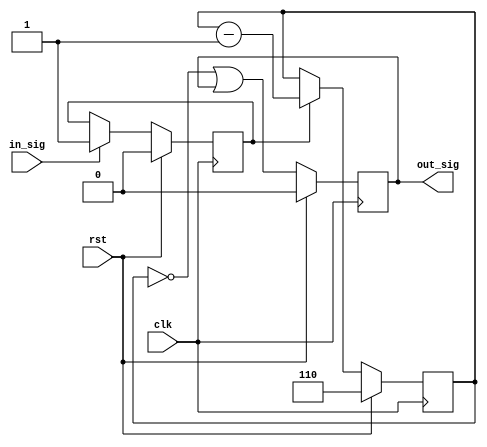
module top(rst, clk, out_sig, in_sig);
  wire [3:0] \\\\\\\\\\\\\\\\\\\\\\\\\\\\\\\\$1 ;
  wire [3:0] \\\\\\\\\\\\\\\\\\\\\\\\\\\\\\\\$2 ;
  wire \\\\\\\\\\\\\\\\\\\\\\\\\\\\\\\\$4 ;
  wire \\\\\\\\\\\\\\\\\\\\\\\\\\\\\\\\$6 ;
  (* src = "delayer.py:11" *)
  reg \\\\\\\\\\\\\\\\\\\\\\\\\\\\\\\\$next\\\\\\\\\\\\\\\\\\\\\\\\\\\\\\\\out_sig ;
  (* src = "delayer.py:19" *)
  reg \\\\\\\\\\\\\\\\\\\\\\\\\\\\\\\\$next\\\\\\\\\\\\\\\\\\\\\\\\\\\\\\\\out_val ;
  (* src = "delayer.py:12" *)
  reg [2:0] \\\\\\\\\\\\\\\\\\\\\\\\\\\\\\\\$next\\\\\\\\\\\\\\\\\\\\\\\\\\\\\\\\timer ;
  (* src = "delayer.py:18" *)
  reg \\\\\\\\\\\\\\\\\\\\\\\\\\\\\\\\$next\\\\\\\\\\\\\\\\\\\\\\\\\\\\\\\\timer_start ;
  (* src = "nmigen/hdl/ir.py:329" *)
  input clk;
  (* src = "delayer.py:10" *)
  input in_sig;
  (* src = "delayer.py:11" *)
  output out_sig;
  (* init = 1'h0 *)
  (* src = "delayer.py:19" *)
  reg out_val = 1'h0;
  (* src = "nmigen/hdl/ir.py:329" *)
  input rst;
  (* init = 3'h6 *)
  (* src = "delayer.py:12" *)
  reg [2:0] timer = 3'h6;
  (* init = 1'h0 *)
  (* src = "delayer.py:18" *)
  reg timer_start = 1'h0;
  assign \\\\\\\\\\\\\\\\\\\\\\\\\\\\\\\\$2  = timer - (* src = "delayer.py:27" *) 1'h1;
  assign \\\\\\\\\\\\\\\\\\\\\\\\\\\\\\\\$4  = timer == (* src = "delayer.py:29" *) 1'h0;
  assign \\\\\\\\\\\\\\\\\\\\\\\\\\\\\\\\$6  = \\\\\\\\\\\\\\\\\\\\\\\\\\\\\\\\$4  | (* src = "delayer.py:29" *) out_val;
  always @(posedge clk)
      out_val <= \\\\\\\\\\\\\\\\\\\\\\\\\\\\\\\\$next\\\\\\\\\\\\\\\\\\\\\\\\\\\\\\\\out_val ;
  always @(posedge clk)
      timer <= \\\\\\\\\\\\\\\\\\\\\\\\\\\\\\\\$next\\\\\\\\\\\\\\\\\\\\\\\\\\\\\\\\timer ;
  always @(posedge clk)
      timer_start <= \\\\\\\\\\\\\\\\\\\\\\\\\\\\\\\\$next\\\\\\\\\\\\\\\\\\\\\\\\\\\\\\\\timer_start ;
  always @* begin
    \\\\\\\\\\\\\\\\\\\\\\\\\\\\\\\\$next\\\\\\\\\\\\\\\\\\\\\\\\\\\\\\\\timer_start  = timer_start;
    casez (in_sig)
      1'h1:
          \\\\\\\\\\\\\\\\\\\\\\\\\\\\\\\\$next\\\\\\\\\\\\\\\\\\\\\\\\\\\\\\\\timer_start  = 1'h1;
    endcase
    casez (rst)
      1'h1:
          \\\\\\\\\\\\\\\\\\\\\\\\\\\\\\\\$next\\\\\\\\\\\\\\\\\\\\\\\\\\\\\\\\timer_start  = 1'h0;
    endcase
  end
  always @* begin
    \\\\\\\\\\\\\\\\\\\\\\\\\\\\\\\\$next\\\\\\\\\\\\\\\\\\\\\\\\\\\\\\\\timer  = timer;
    casez (timer_start)
      1'h1:
          \\\\\\\\\\\\\\\\\\\\\\\\\\\\\\\\$next\\\\\\\\\\\\\\\\\\\\\\\\\\\\\\\\timer  = \\\\\\\\\\\\\\\\\\\\\\\\\\\\\\\\$1 [2:0];
    endcase
    casez (rst)
      1'h1:
          \\\\\\\\\\\\\\\\\\\\\\\\\\\\\\\\$next\\\\\\\\\\\\\\\\\\\\\\\\\\\\\\\\timer  = 3'h6;
    endcase
  end
  always @* begin
    \\\\\\\\\\\\\\\\\\\\\\\\\\\\\\\\$next\\\\\\\\\\\\\\\\\\\\\\\\\\\\\\\\out_val  = out_val;
    \\\\\\\\\\\\\\\\\\\\\\\\\\\\\\\\$next\\\\\\\\\\\\\\\\\\\\\\\\\\\\\\\\out_val  = \\\\\\\\\\\\\\\\\\\\\\\\\\\\\\\\$6 ;
    casez (rst)
      1'h1:
          \\\\\\\\\\\\\\\\\\\\\\\\\\\\\\\\$next\\\\\\\\\\\\\\\\\\\\\\\\\\\\\\\\out_val  = 1'h0;
    endcase
  end
  always @* begin
    \\\\\\\\\\\\\\\\\\\\\\\\\\\\\\\\$next\\\\\\\\\\\\\\\\\\\\\\\\\\\\\\\\out_sig  = 1'h0;
    \\\\\\\\\\\\\\\\\\\\\\\\\\\\\\\\$next\\\\\\\\\\\\\\\\\\\\\\\\\\\\\\\\out_sig  = out_val;
  end
  assign \\\\\\\\\\\\\\\\\\\\\\\\\\\\\\\\$1  = \\\\\\\\\\\\\\\\\\\\\\\\\\\\\\\\$2 ;
  assign out_sig = \\\\\\\\\\\\\\\\\\\\\\\\\\\\\\\\$next\\\\\\\\\\\\\\\\\\\\\\\\\\\\\\\\out_sig ;
endmodule